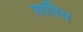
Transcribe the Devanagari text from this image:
सदिप